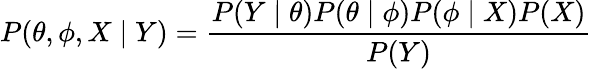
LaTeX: P(\theta,\phi,X\mid Y)={\frac{P(Y\mid\theta)P(\theta\mid\phi)P(\phi\mid X)P(X)}{P(Y)}}